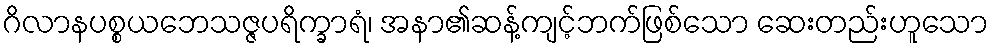
ဂိလာနပစ္စယဘေသဇ္ဇပရိက္ခာရံ၊ အနာ၏ဆန့်ကျင့်ဘက်ဖြစ်သော ဆေးတည်းဟူသော